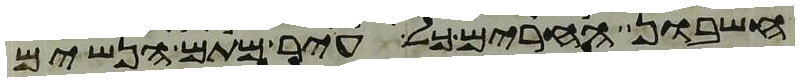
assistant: חשבון החרים כל עיר מתם הנשים